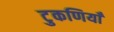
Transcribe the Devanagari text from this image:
टुकणियाँ